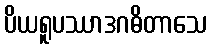
ပိယရူပဿာဒဂဓိတာသေ